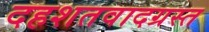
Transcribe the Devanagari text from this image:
दहशतवादग्रस्त